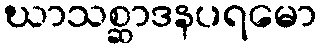
ဃာသစ္ဆာဒနပရမော